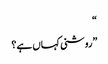
“
”روشنی کہاں ہے؟